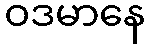
ဝဒမာနေ